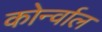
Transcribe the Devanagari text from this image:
कोर्न्वाल